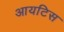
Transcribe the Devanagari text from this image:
आयटिस